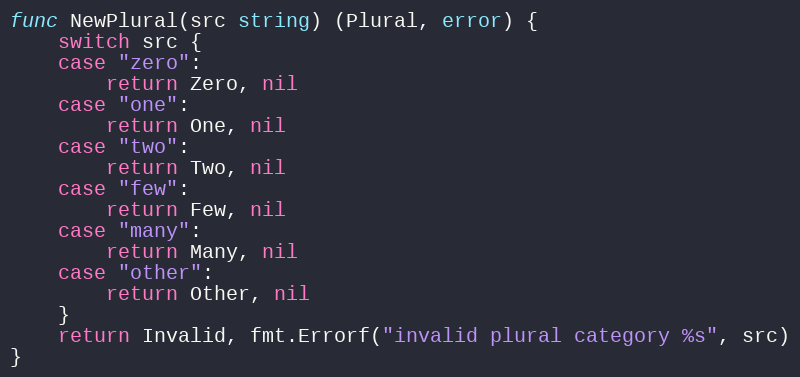
Language: Go
func NewPlural(src string) (Plural, error) {
	switch src {
	case "zero":
		return Zero, nil
	case "one":
		return One, nil
	case "two":
		return Two, nil
	case "few":
		return Few, nil
	case "many":
		return Many, nil
	case "other":
		return Other, nil
	}
	return Invalid, fmt.Errorf("invalid plural category %s", src)
}